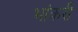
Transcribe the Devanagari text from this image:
भांकरी